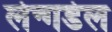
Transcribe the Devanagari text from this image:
लेन्गडेल